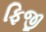
ફિજી